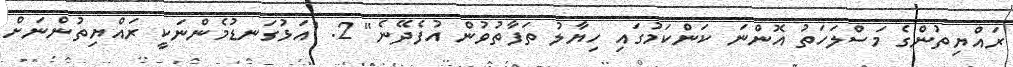
ރައްޔިތުންގެ މަސްލަހަތު އޮންނަ ކަންކަމުގައި ހިޔާލު ތަފާތުވުން އުފެދޭނެ" 2. "އަޅުގަނޑުމެންނަކީ ރައްޔިތުންނަށް